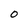
Character: O